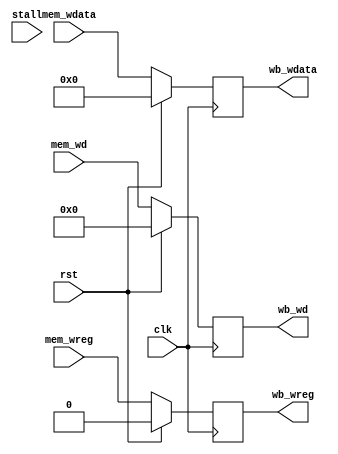
`timescale 1ns / 1ps
//////////////////////////////////////////////////////////////////////////////////
// Company: 
// Engineer: 
// 
// Design Name: 
// Module Name: mem_wb
// Project Name: 
// Target Devices: 
// Tool Versions: 
// Description: 
// 
// Dependencies: 
// 
// Revision:
// Revision 0.01 - File Created
// Additional Comments:
// 
//////////////////////////////////////////////////////////////////////////////////



module mem_wb(

	input	wire										clk,
	input wire										rst,
	

	//	
	input wire[4:0]       mem_wd,
	input wire                    mem_wreg,
	input wire[31:0]					 mem_wdata,
	input wire[5:0]      stall,

	//
	output reg[4:0]      wb_wd,
	output reg                   wb_wreg,
	output reg[31:0]					 wb_wdata	       
	
);


	always @ (posedge clk) begin
		if(rst == 1) begin
			wb_wd <= 4'b0;
			wb_wreg <= 1'b0;
		  wb_wdata <= 32'b0;	
		end else begin
			wb_wd <= mem_wd;
			wb_wreg <= mem_wreg;
			wb_wdata <= mem_wdata;
		end    //if
	end      //always
			

endmodule